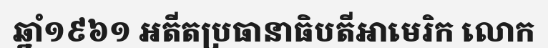
ឆ្នាំ១៩៦១ អតីតប្រធានាធិបតីអាមេរិក លោក